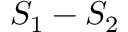
S _ { 1 } - S _ { 2 }